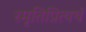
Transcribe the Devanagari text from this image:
स्मृतिप्रित्यर्थ